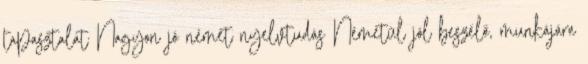
tapasztalat Nagyon jó német nyelvtudás Németül jól beszélő, munkájára